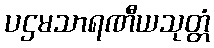
ပဌမသာရဏီယသုတ္တံ